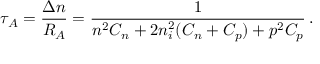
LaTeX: \tau _ { A } = { \frac { \Delta n } { R _ { A } } } = { \frac { 1 } { n ^ { 2 } C _ { n } + 2 n _ { i } ^ { 2 } ( C _ { n } + C _ { p } ) + p ^ { 2 } C _ { p } } } \, .